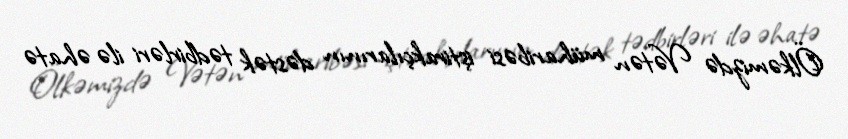
Ölkəmizdə Vətən müharibəsi iştirakçılarının dəstək tədbirləri ilə əhatə